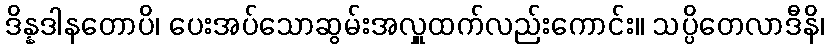
ဒိန္နဒါနတောပိ၊ ပေးအပ်သောဆွမ်းအလှူထက်လည်းကောင်း။ သပ္ပိတေလာဒီနိ၊